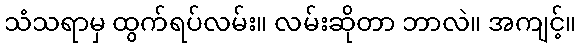
သံသရာမှ ထွက်ရပ်လမ်း။ လမ်းဆိုတာ ဘာလဲ။ အကျင့်။